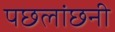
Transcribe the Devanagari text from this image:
पछलांछनी